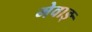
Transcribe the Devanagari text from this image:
मेवाङ्